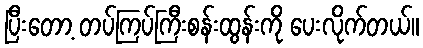
ပြီးတော့ တပ်ကြပ်ကြီးစန်းထွန်းကို ပေးလိုက်တယ်။